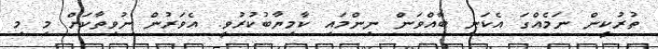
ތުރުކީން ނަމެއްގަ އެކަނި ބާއްވަން ނިންމައި ކާމިޔާބުކުރުވީ. އެވަރުން ނުވިތާކަށް މި މި